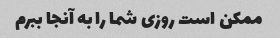
ممکن است روزی شما را به آنجا ببرم